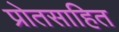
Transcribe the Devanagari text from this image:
प्रोतसाहित